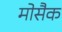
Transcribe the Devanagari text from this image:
मोसैक